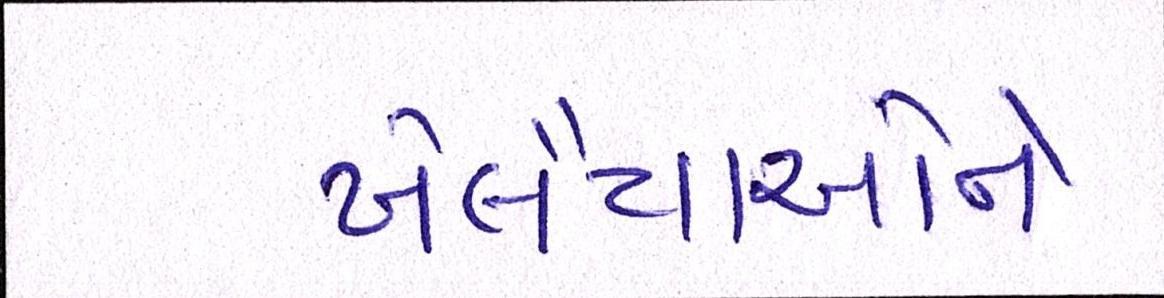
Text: ખેલૈયાઓના